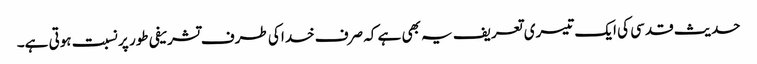
حدیث قدسی کی ایک تیسری تعریف یہ بھی ہے کہ صرف خدا کی طرف تشریفی طور پر نسبت ہوتی ہے۔